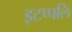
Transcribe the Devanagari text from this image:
इटप्पलि